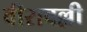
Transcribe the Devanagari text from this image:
वीरावल्ली